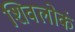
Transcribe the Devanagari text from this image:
शिवलोकं